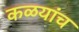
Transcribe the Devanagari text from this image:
कळयांच